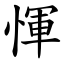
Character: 惲